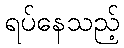
ရပ်နေသည့်